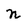
Character: n